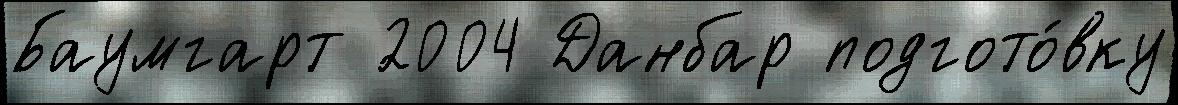
Баумгарт 2004 Данбар подгото́вку